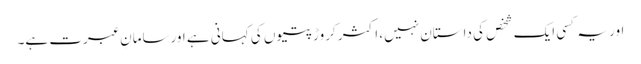
اور یہ کسی ایک شخص کی داستان نہیں، اکثر کروڑپتیوں کی کہانی ہے اورسامانِ عبرت ہے۔